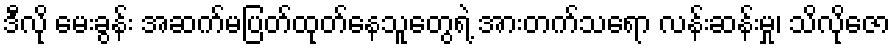
ဒီလို မေးခွန်း အဆက်မပြတ်ထုတ်နေသူတွေရဲ့ အားတက်သရော လန်းဆန်းမှု၊ သိလိုဇော